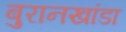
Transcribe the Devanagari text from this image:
बुरानखांडा